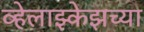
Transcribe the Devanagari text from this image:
व्हेलाझ्केझच्या